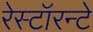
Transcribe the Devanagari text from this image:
रेस्टॉरन्टे